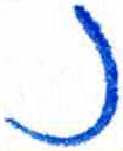
אות: נ